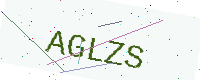
Text: AGLZS